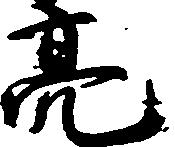
亮